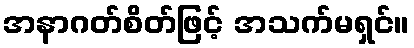
အနာဂတ်စိတ်ဖြင့် အသက်မရှင်။